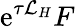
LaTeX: \mathrm{e}^{\tau\mathcal{L}_{H}}F